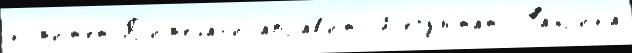
ком'ит'е́т Пр'им'ечан'иjаправ'ить Р'езульта́ты Фа́бр'ика